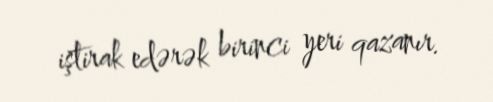
iştirak edərək birinci yeri qazanır.